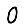
Digit: 0